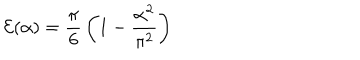
LaTeX: { \cal E } ( \alpha ) = { \frac { \pi } { 6 } } \left( 1 - { \frac { \alpha ^ { 2 } } { \pi ^ { 2 } } } \right)